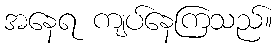
အနေရ ကျပ်နေကြသည်။